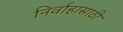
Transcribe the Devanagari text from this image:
निर्वाहासाठी